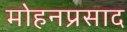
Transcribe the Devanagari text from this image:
मोहनप्रसाद